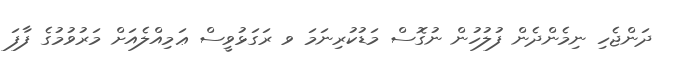
ދަންޖެހި ނިމެންދެން ފުލުހުން ނުގޮސް މަޑުކުރިނަމަ ވ ރަގަޅުވީސް ޢަމިއްލެއަށް މަރުވުމުގެ ފާފަ